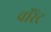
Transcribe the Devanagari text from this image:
वॉरेंट